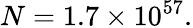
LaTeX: N=1.7\times 10^{57}.